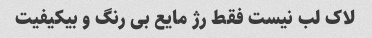
لاک لب نیست فقط رژ مایع بی رنگ و بیکیفیت